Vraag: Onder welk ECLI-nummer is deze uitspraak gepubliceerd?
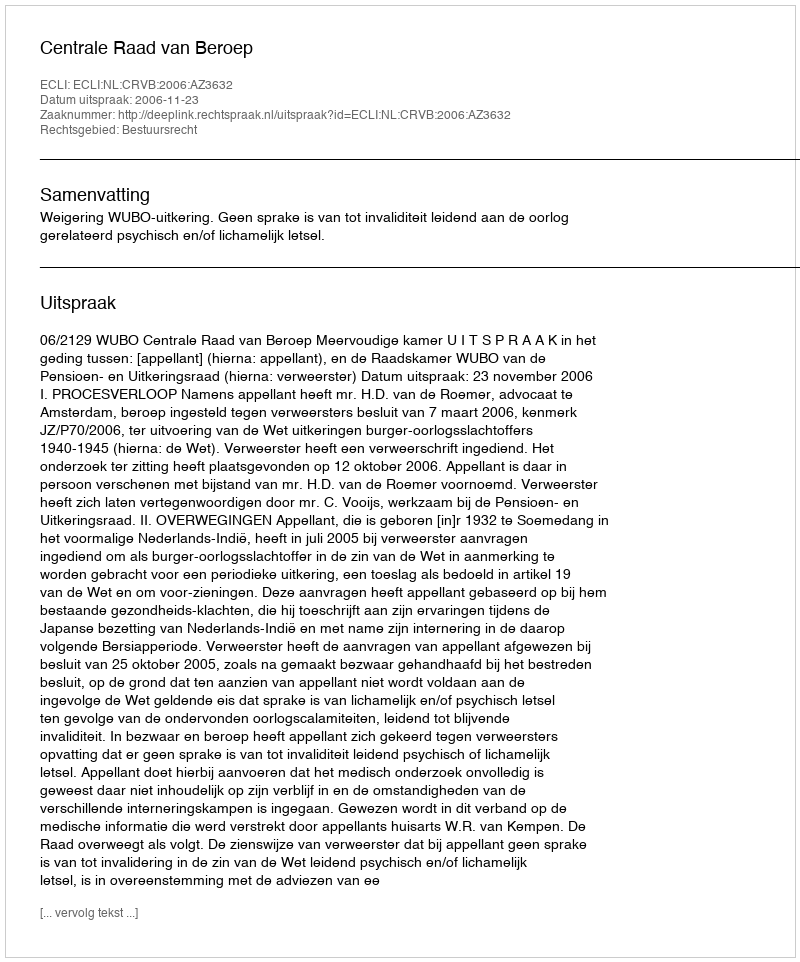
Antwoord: ECLI:NL:CRVB:2006:AZ3632